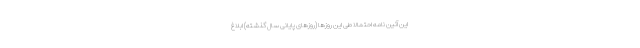
این آئین نامه احتمالاً طی این روزها (روزهای پایانی سال گذشته) ابلاغ